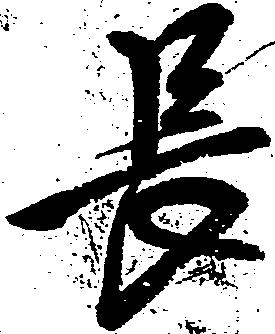
長